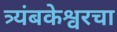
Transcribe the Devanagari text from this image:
त्र्यंबकेश्वरचा